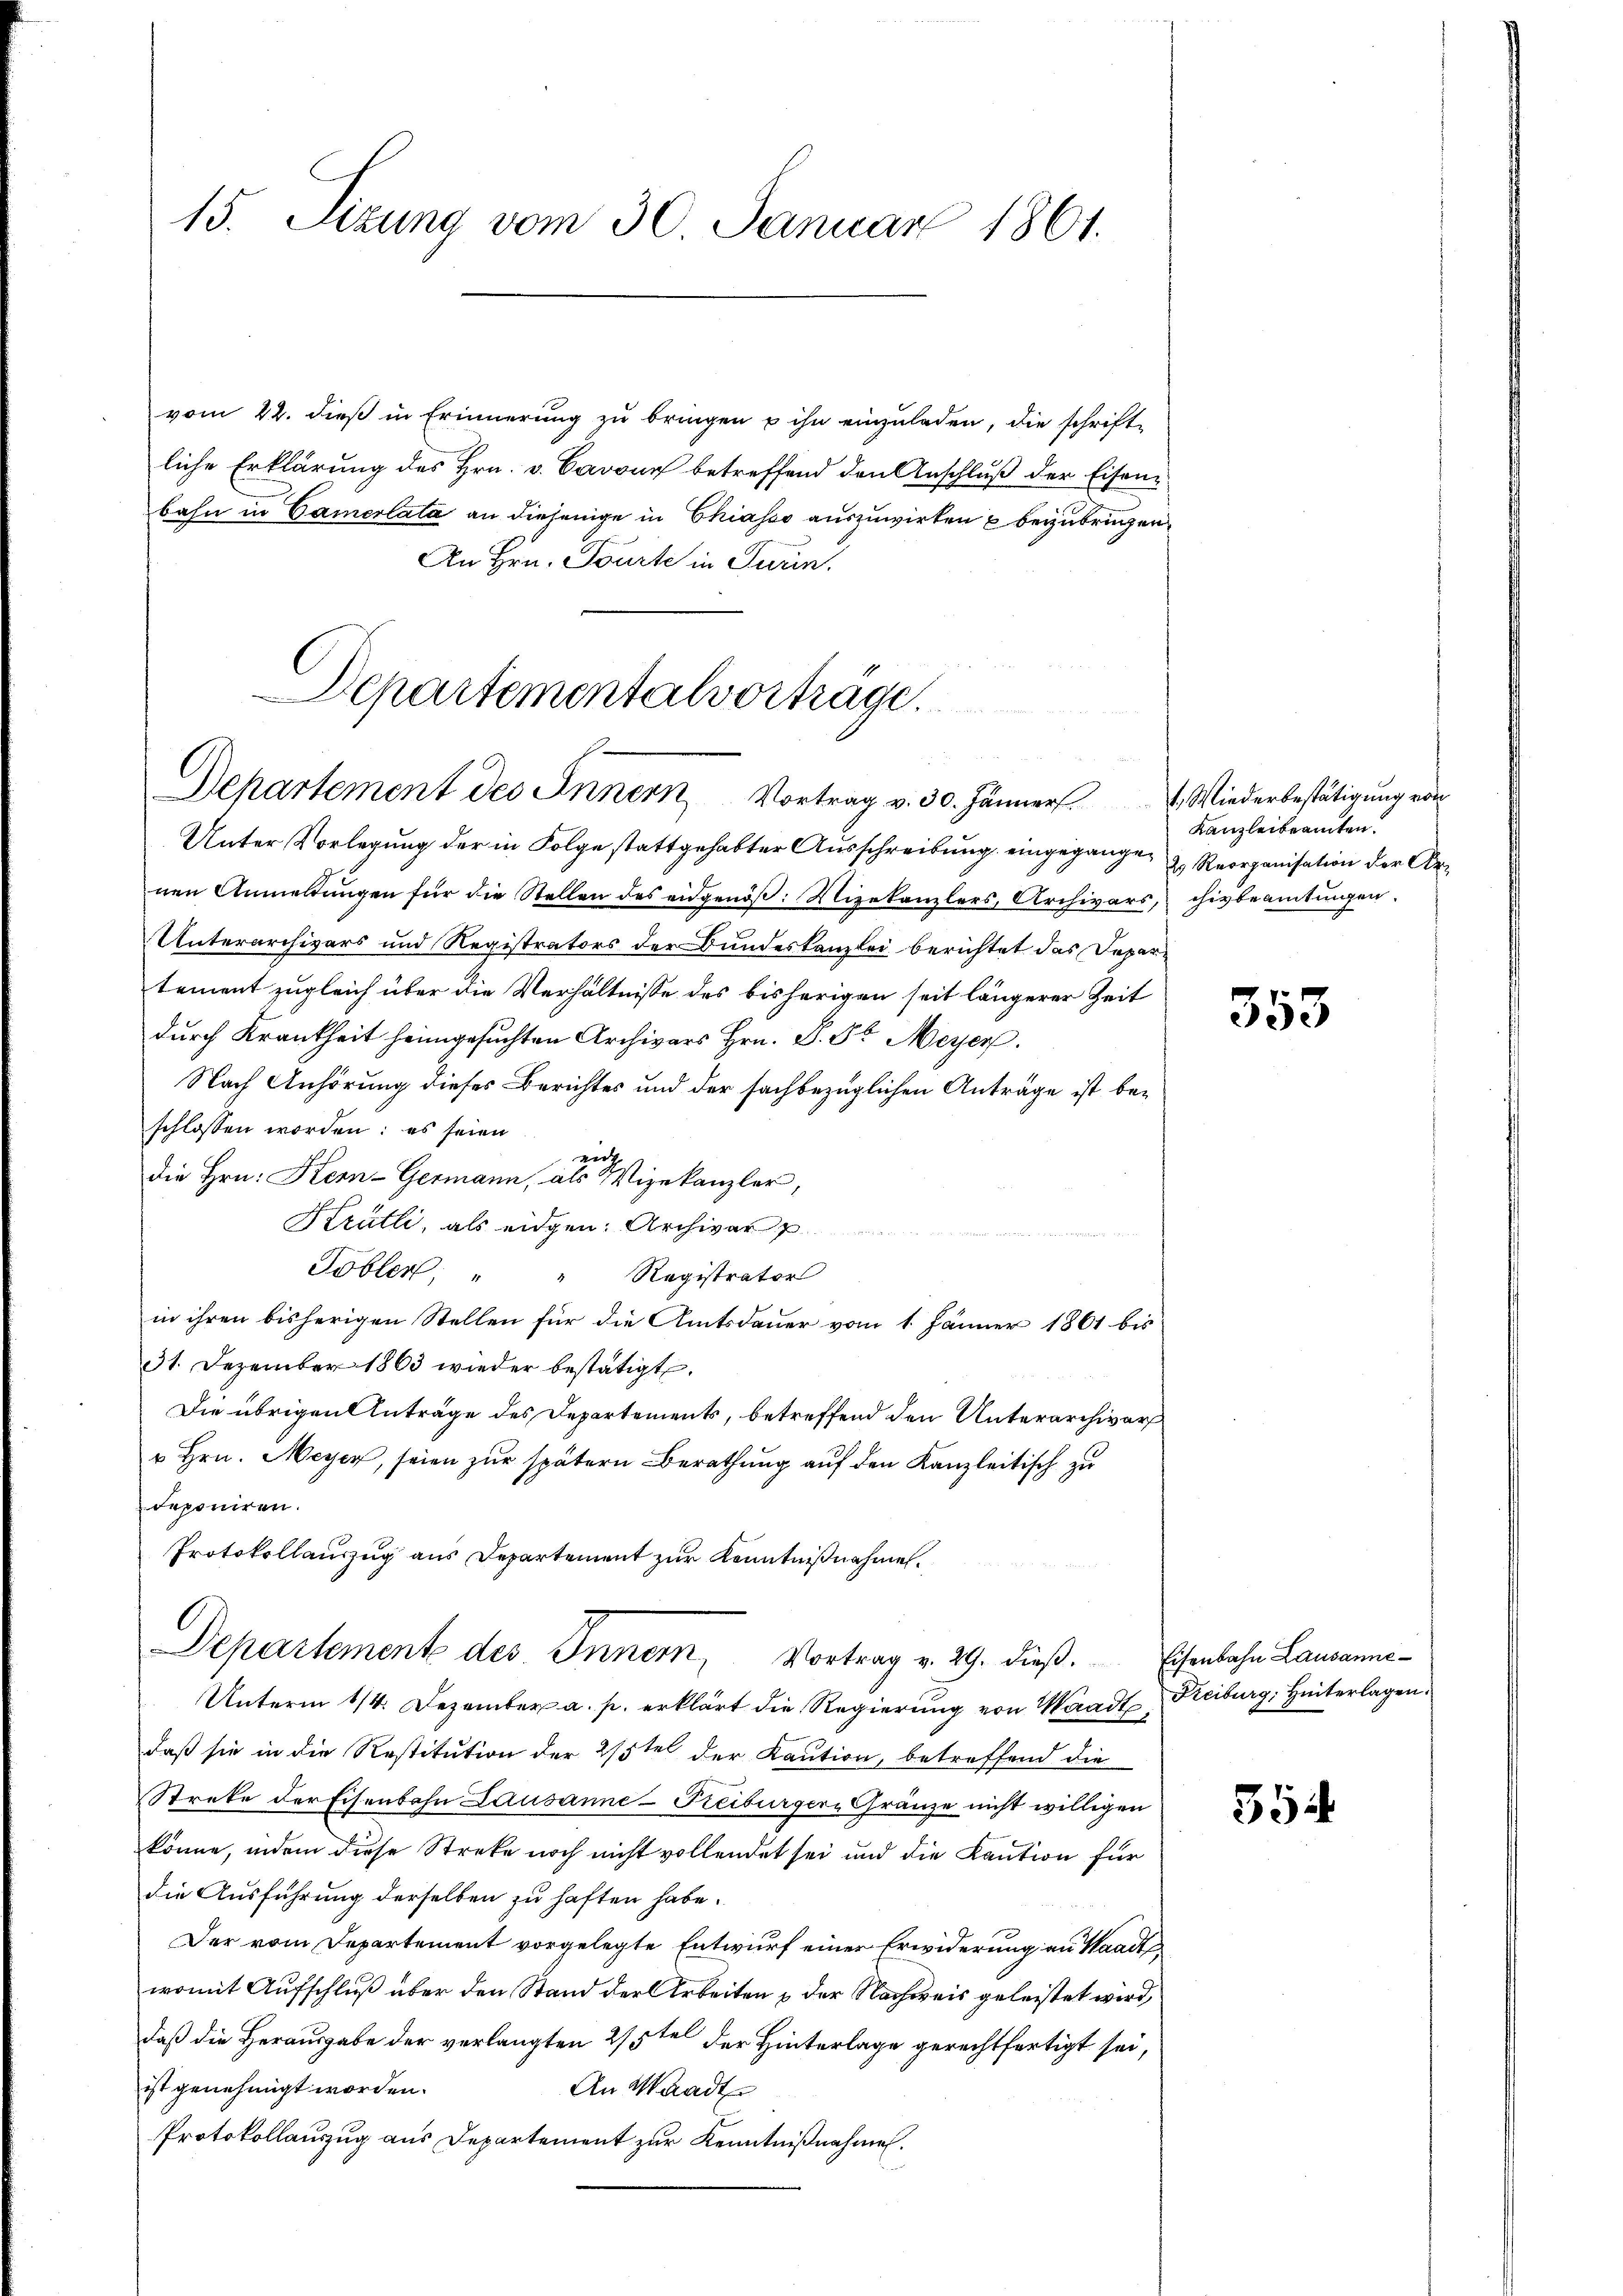
15. Sitzung vom 30. Januar 1861.

vom 22. dieß in Erinnerung zu bringen u ihn einzuladen, die schrift-
liche Erklärung des Hrn. v. Cavous betreffend den Anschluß der Eisenbahn in Camerlata an diejenige in Chiasso auszuwirken beyzubringen
An Hrn. Tourte in Turin.

Departementalvorträge.
Departement des Innern Vortrag v. 30. Jänner

Unter Vorlegung der in Folge stattgehabter Ausschreibung eingegange, z. Reorganisation der Arnen Anmeldŭngen für die Stellen des eidgenöβ: Vizekanzlers, Archivars, chivbeamtŭngen.
Unterarchivars und Registrators der Bundeskanzlei berichtet das Departement zugleich über die Verhältnisse des bisherigen seit längerer Zeit
durch Krankheit heimgesuchten Archivars Hrn. P. Sr. Meyer.
Nach Anhörung dieses Berichtes und der sachbezüglichen Anträge ist beschlossen worden: es seien
zich
die Hrn. Kern-Germann, als Vizekanzler,
Krütli, als eidgen. Archivar p
Tobler, " " Registrator
in ihren bisherigen Stellen für die Amtsdauer vom 1. Jänner 1861 bis
31. Dezember 1863 wieder bestätigt.
Die übrigen Anträge des Departements, betreffend den Unterarchivar
" Hrn. Meyer, seien zur spätern Berathung auf den Kanzleitisch zu
deponiren.
Protokollauszug aus Departement zur Kenntnißnahmen.
Departement des Innern, Vortrag v. 29. dieß. Eisenbahn Lausanne¬
Unterm 1/4. Dezember a. p. erklärt die Regierung von Waadt Freiburg, Hinterlagen
daß sie in die Restitution der 2/3tel der Kaution, betreffend die
Streke der Eisenbahn Lausanne-Freiburger-Gränze nicht willigen
könne, indem diese Streke noch nicht vollendet sei und die Kaution für
die Ausführung derselben zu haften habe.
Der vom Departement vorgelegte Entwurf einer Erwiderung an Waadt
womit Aufschluß über den Stand der Arbeiten der Nachweis geleistet wird,
daß die Herausgabe der verlangten 2/5te der Hinterlage gerechtfertigt sei,
ist genehmigt worden.
An Waadt
Protokollauszug aus Departement zur Kenntnißnahme.

1., Wiederbestätigung von
Kanzleibeamten.

353

354